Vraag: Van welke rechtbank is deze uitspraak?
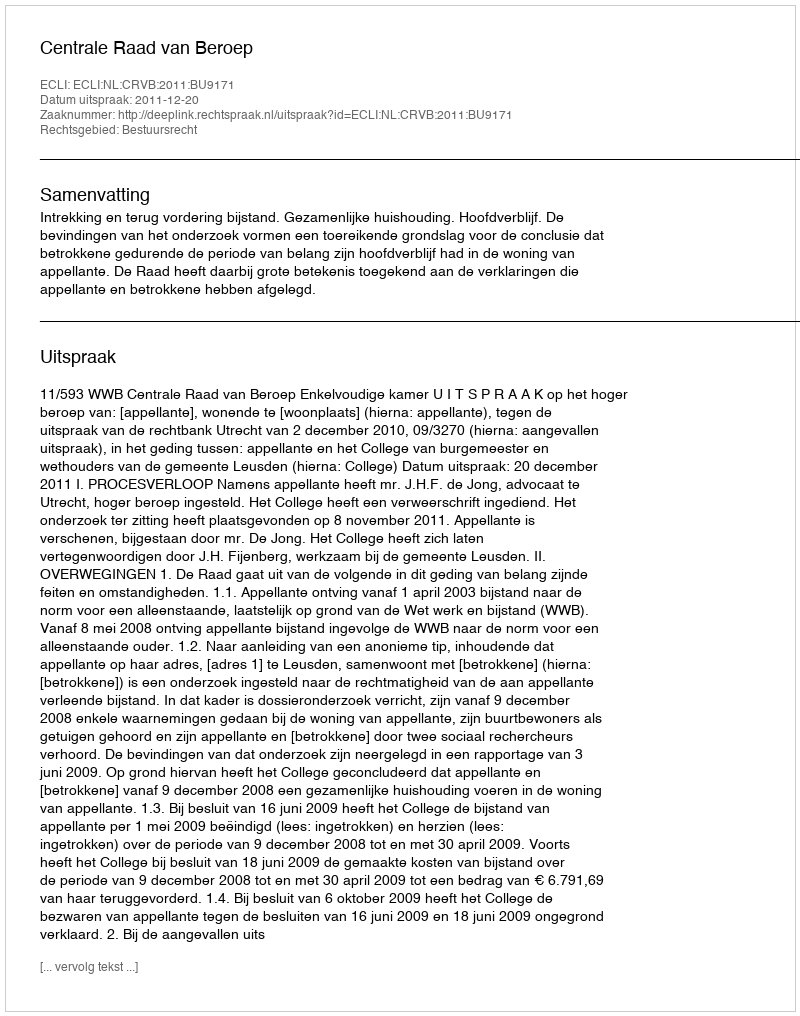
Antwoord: Centrale Raad van Beroep